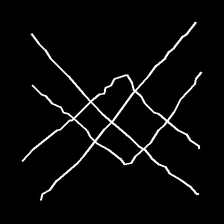
Glyph: crystal